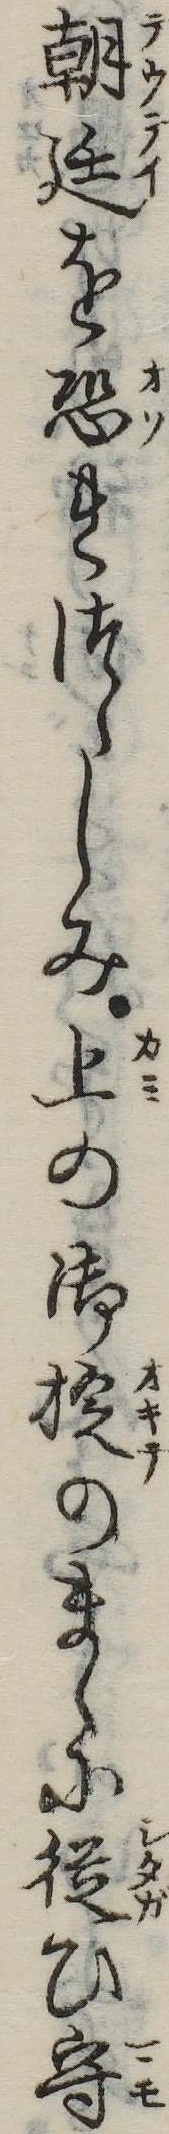
朝廷を恐れつゝしみ上の御掟のまゝに従ひ守